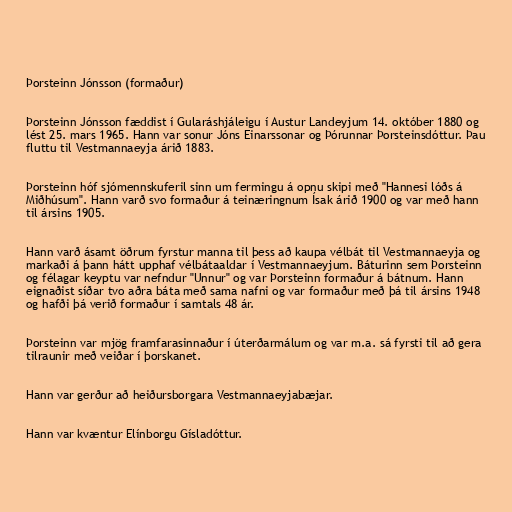
Þorsteinn Jónsson (formaður)

Þorsteinn Jónsson fæddist í Gularáshjáleigu í Austur Landeyjum 14. október 1880 og
lést 25. mars 1965. Hann var sonur Jóns Einarssonar og Þórunnar Þorsteinsdóttur. Þau
fluttu til Vestmannaeyja árið 1883.

Þorsteinn hóf sjómennskuferil sinn um fermingu á opnu skipi með "Hannesi lóðs á
Miðhúsum". Hann varð svo formaður á teinæringnum Ísak árið 1900 og var með hann
til ársins 1905.

Hann varð ásamt öðrum fyrstur manna til þess að kaupa vélbát til Vestmannaeyja og
markaði á þann hátt upphaf vélbátaaldar í Vestmannaeyjum. Báturinn sem Þorsteinn
og félagar keyptu var nefndur "Unnur" og var Þorsteinn formaður á bátnum. Hann
eignaðist síðar tvo aðra báta með sama nafni og var formaður með þá til ársins 1948
og hafði þá verið formaður í samtals 48 ár.

Þorsteinn var mjög framfarasinnaður í úterðarmálum og var m.a. sá fyrsti til að gera
tilraunir með veiðar í þorskanet.

Hann var gerður að heiðursborgara Vestmannaeyjabæjar.

Hann var kvæntur Elínborgu Gísladóttur.